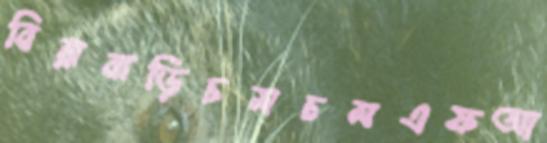
বিন্নাবাড়িচমচমএফআ